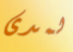
لمدى